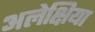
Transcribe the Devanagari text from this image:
अलेक्षिया